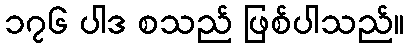
၁၇၆ ပါဒ စသည် ဖြစ်ပါသည်။